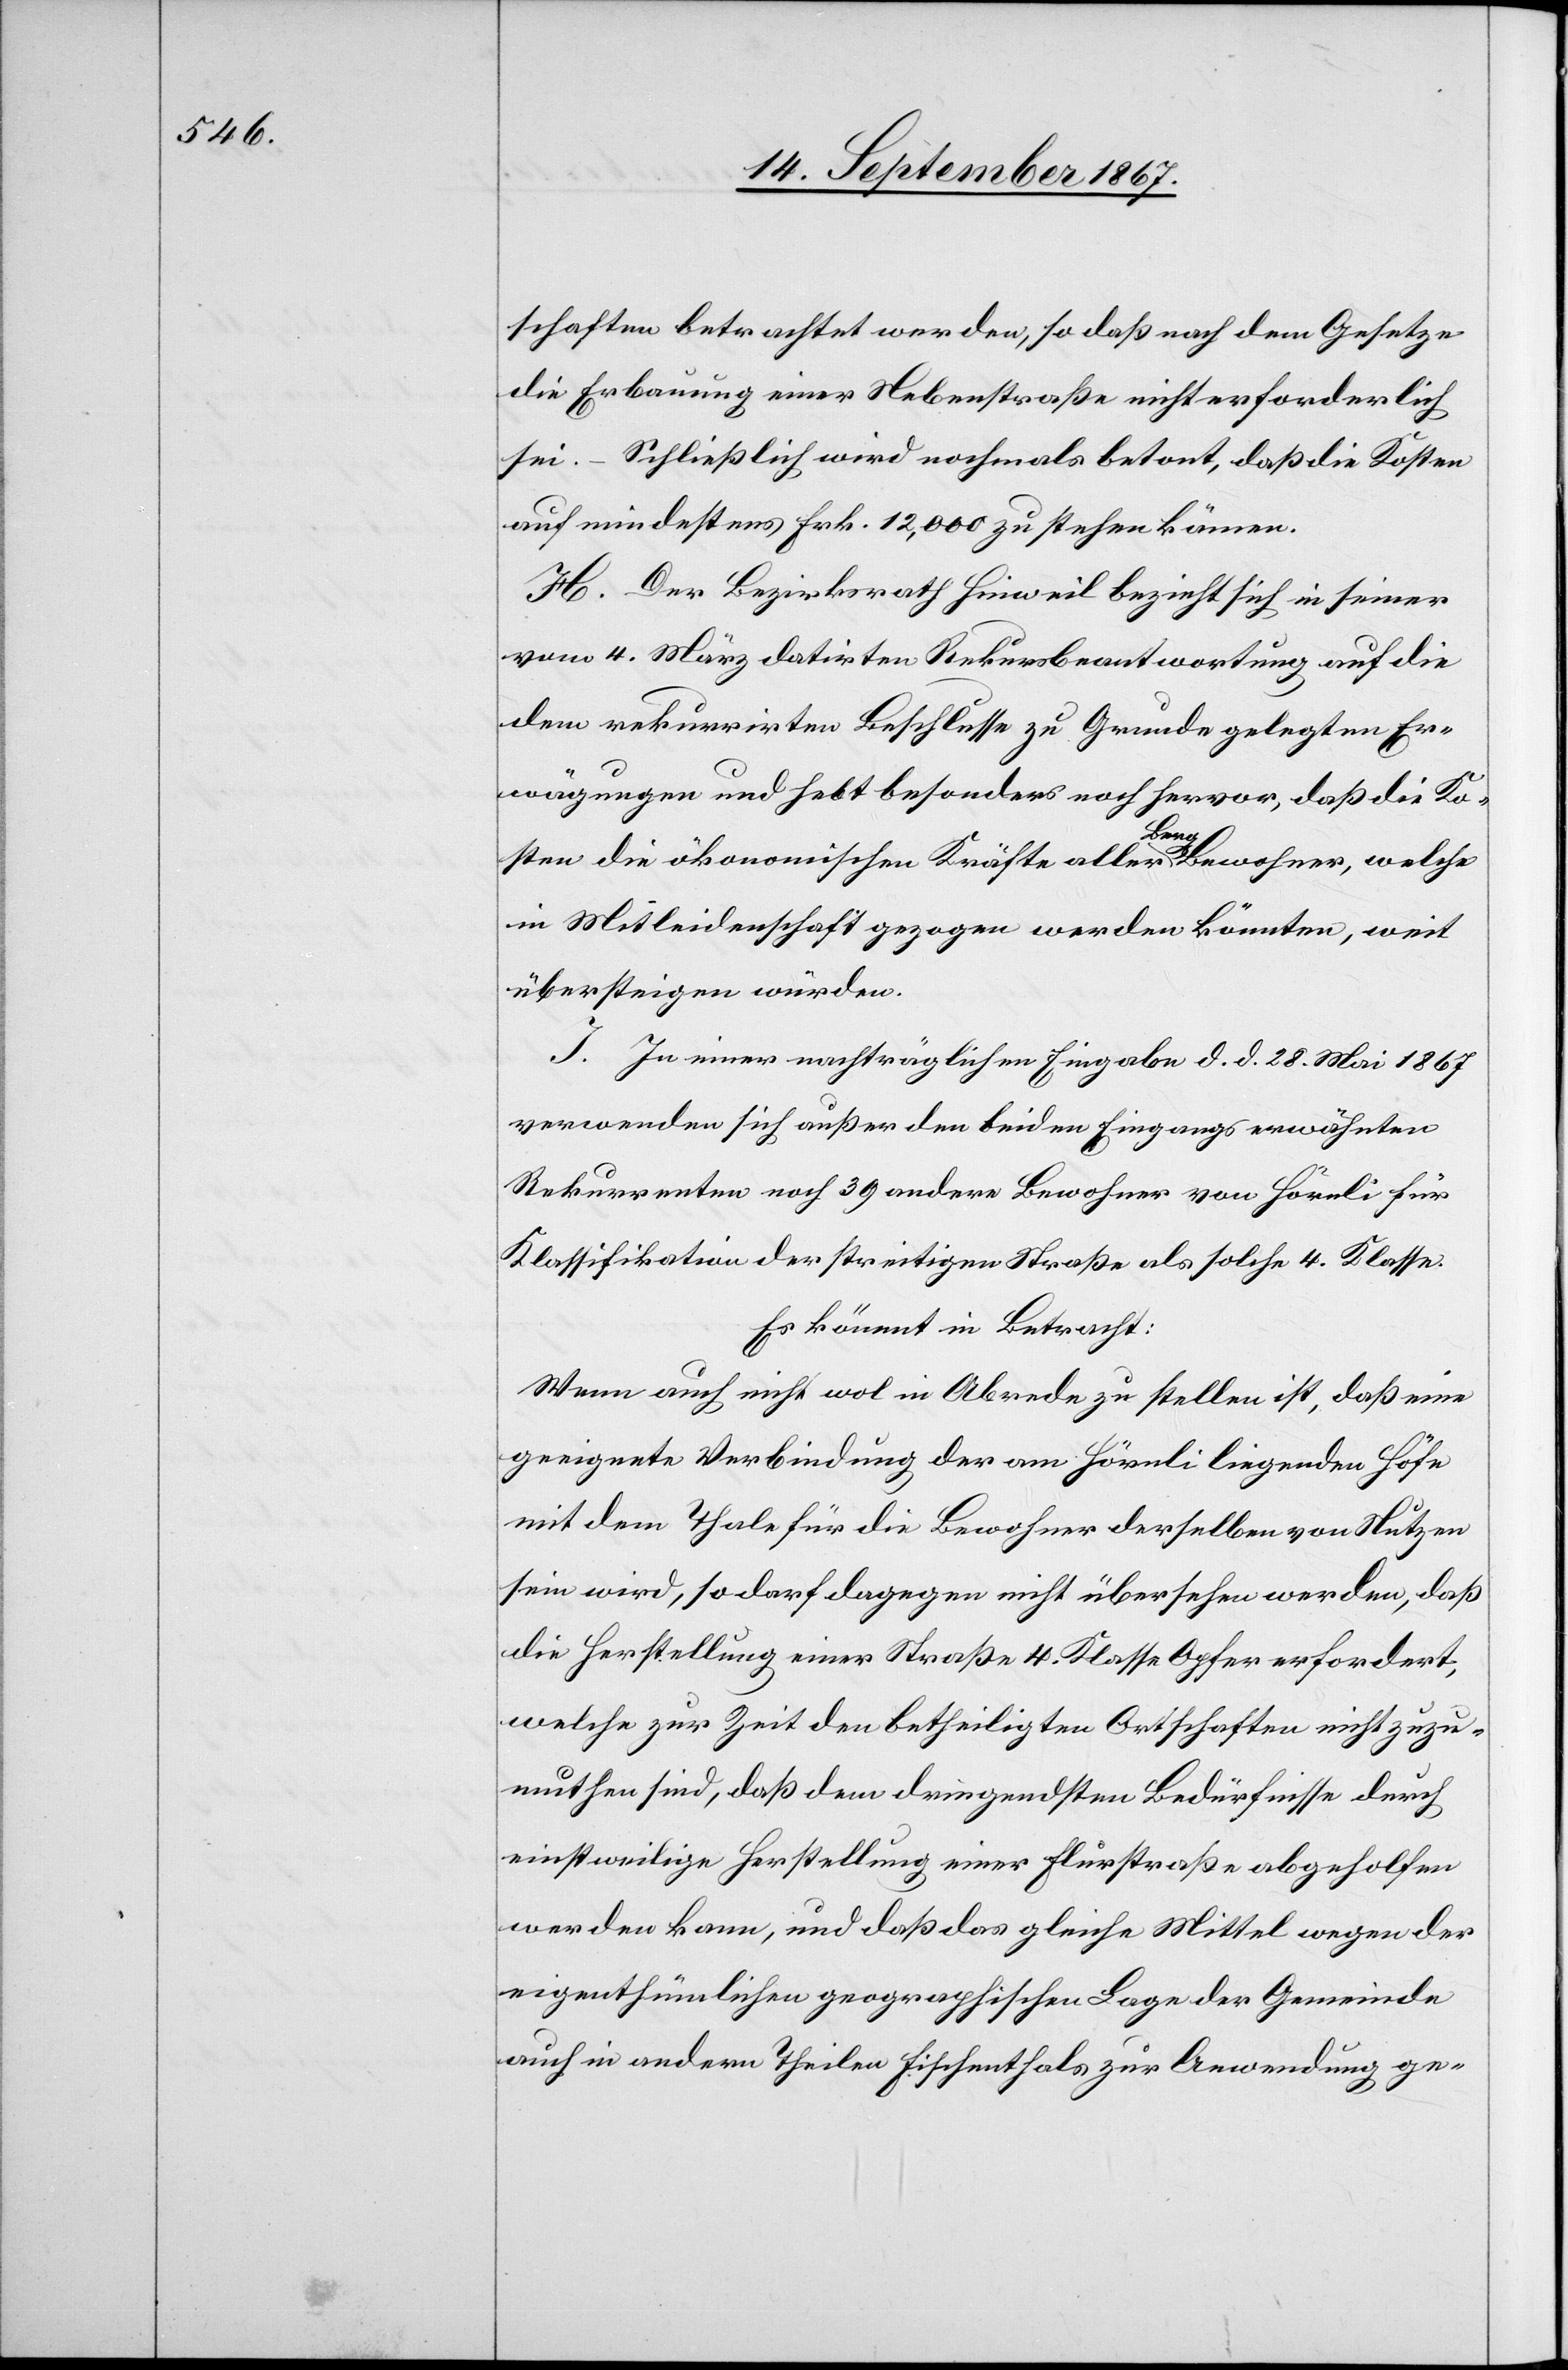
schaften betrachtet werden, so daß nach dem Gesetze
die Erbauung einer Nebenstraße nicht erforderlich
sei. – Schließlich wird nochmals betont, daß die Kosten
auf mindestens Frk. 12 000 zu stehen kämen.
H. Der Bezirksrath Hinweil bezieht sich in seiner
vom 4. März datirten Rekursbeantwortung auf die
dem rekurrirten Beschlusse zu Grunde gelegten Er¬
wägungen und hebt besonders noch hervor, daß die Ko¬
sten die ökonomischen Kräfte aller Berg-Bewohner, welche
in Mitleidenschaft gezogen werden könnten, weit
übersteigen würden.
I. In einer nachträglichen Eingabe d. d. 28. Mai 1867
verwenden sich außer den beiden Eingangs erwähnten
Rekurrenten noch 39 andere Bewohner von Hörnli für
Klassifikation der streitigen Straße als solche 4. Klasse.
Es kömmt in Betracht:
Wenn auch nicht wol in Abrede zu stellen ist, daß eine
geeignete Verbindung der am Hörnli liegenden Höfe
mit dem Thale für die Bewohner derselben von Nutzen
sein wird, so darf dagegen nicht übersehen werden, daß
die Herstellung einer Straße 4. Klasse Opfer erfordert,
welche zur Zeit den betheiligten Ortschaften nicht zuzu¬
muthen sind, daß dem dringendsten Bedürfnisse durch
einstweilige Herstellung einer Flurstraße abgeholfen
werden kann, und daß das gleich Mittel wegen der
eigenthümlichen geographischen Lage der Gemeinde
auch in andern Theilen Fischenthals zur Anwendung ge-